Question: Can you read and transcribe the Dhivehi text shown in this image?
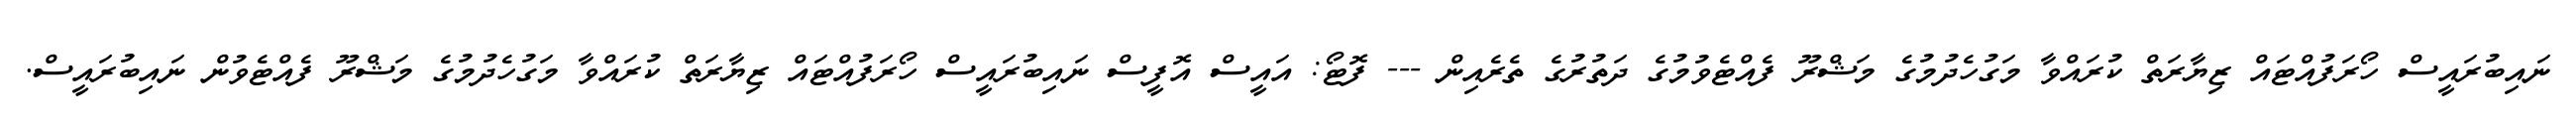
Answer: ނައިބުރައީސް ހޯރަފުއްޓައް ޒިޔާރަތް ކުރައްވާ މަގުހެދުމުގެ މަޝްރޫ ފެއްޓެވުމުގެ ދަތުރުގެ ތެރެއިން --- ފޮޓޯ: އައީސް އޮފީސް ނައިބުރައީސް ހޯރަފުއްޓައް ޒިޔާރަތް ކުރައްވާ މަގުހެދުމުގެ މަޝްރޫ ފެއްޓެވުން ނައިބުރައީސް.